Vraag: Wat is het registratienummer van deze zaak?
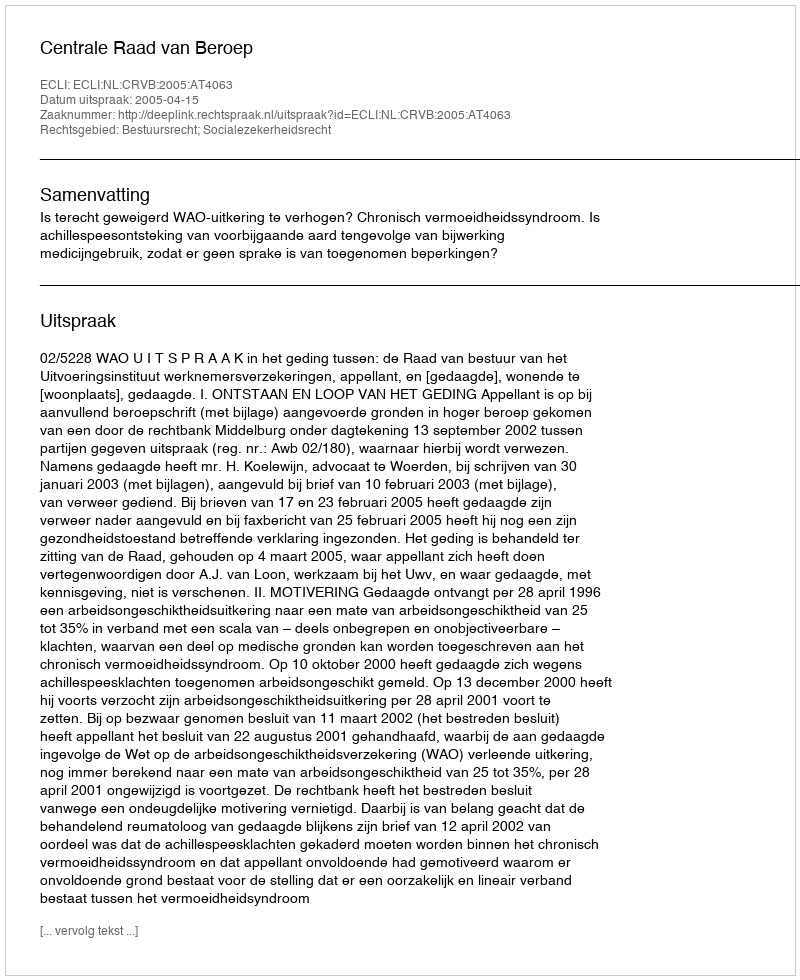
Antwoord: http://deeplink.rechtspraak.nl/uitspraak?id=ECLI:NL:CRVB:2005:AT4063